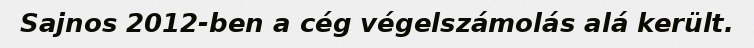
Sajnos 2012-ben a cég végelszámolás alá került.